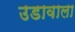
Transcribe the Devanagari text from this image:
उडावाला